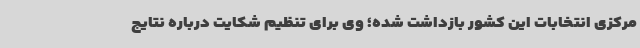
مرکزی انتخابات این کشور بازداشت شده؛ وی برای تنظیم شکایت درباره نتایج